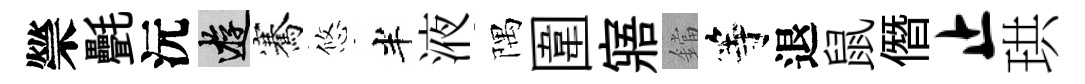
禜㲲沅游騫悠半液隅圍寤鐺等退鼠僭止珙